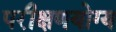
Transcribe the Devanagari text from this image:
परीक्षणयोग्य